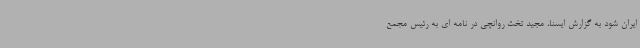
ایران شود به گزارش ایسنا، مجید تخت روانچی در نامه ای به رئیس مجمع